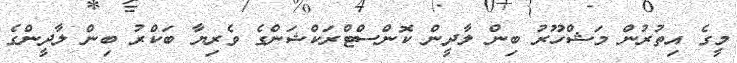
މީގެ އިތުރުން މަޝްހޫރު ބިން ލާދީން ކޮންސްޓްރަކްޝަންގެ ވެރިޔާ ބަކްރު ބިން ލާދީންގެ